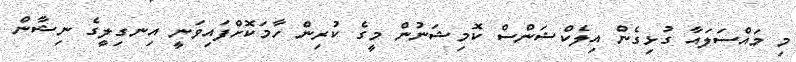
މި މައްސަލައާ ގުޅިގެން އިލެކްޝަންސް ކޮމިޝަނުން މީގެ ކުރިން ހާމަކޮށްފައިވަނީ އިނގިިލީގެ ނިޝާން